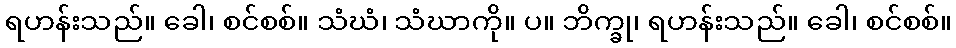
ရဟန်းသည်။ ခေါ၊ စင်စစ်။ သံဃံ၊ သံဃာကို။ ပ။ ဘိက္ခု၊ ရဟန်းသည်။ ခေါ၊ စင်စစ်။